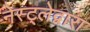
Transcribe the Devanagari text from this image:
नेस्ट्लेद्वारा